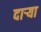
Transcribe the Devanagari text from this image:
दार्‍या